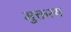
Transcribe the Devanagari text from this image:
मुक्तस्य